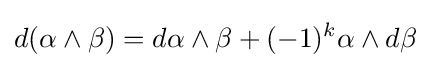
d(\alpha \wedge \beta )=d\alpha \wedge \beta +(-1)^{k}\alpha \wedge d\beta